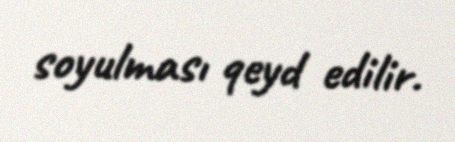
soyulması qeyd edilir.